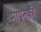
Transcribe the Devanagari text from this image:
मापनकी